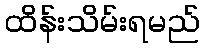
ထိန်းသိမ်းရမည်